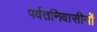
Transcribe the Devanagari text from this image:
पर्वतनिवासीयों